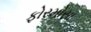
ફોરમોસા